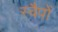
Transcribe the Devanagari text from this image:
स्वैपों